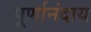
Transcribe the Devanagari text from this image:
पूर्णानंदाय